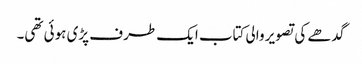
گدھے کی تصویر والی کتاب ایک طرف پڑی ہوئی تھی۔